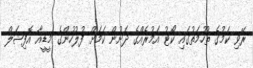
ރޭވި ކަމުގެ ތުހުމަތުގައި ކޯޓު އަމުރެއްގެ ދަށުން ކަމަށް ފުލުހުންގެ މީޑީއާ އޮފިޝަލް